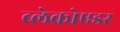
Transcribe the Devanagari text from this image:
ब्लेक्रोएडर